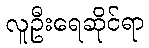
လူဦးရေဆိုင်ရာ